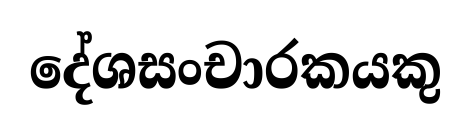
දේශසංචාරකයකු